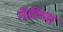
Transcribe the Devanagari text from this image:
मेंढींच्या